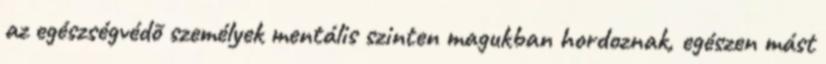
az egészségvédõ személyek mentális szinten magukban hordoznak, egészen mást